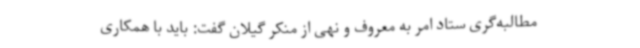
مطالبه‌گری ستاد امر به معروف و نهی از منکر گیلان گفت: باید با همکاری